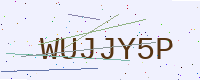
Text: WUJJY5P